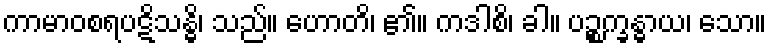
ကာမာဝစရပဋိသန္ဓိ၊ သည်။ ဟောတိ၊ ၏။ ကဒါစိ၊ ခါ။ ပဉ္စက္ခန္ဓာယ၊ သော။